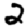
Digit: 2